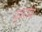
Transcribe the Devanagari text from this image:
दृष्टांचे